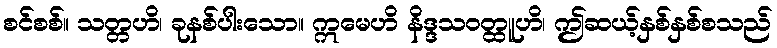
စင်စစ်။ သတ္တဟိ၊ ခုနစ်ပါးသော။ ဣမေဟိ နိဒ္ဒသဝတ္ထူဟိ၊ ဤဆယ့်နှစ်နှစ်စသည်